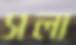
সলা